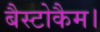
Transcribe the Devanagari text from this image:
बैस्टोकैम।